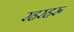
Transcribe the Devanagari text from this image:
रहरहरू